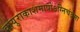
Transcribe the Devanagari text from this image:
वायुराकाशमापोऽग्‍निचंद्रमा